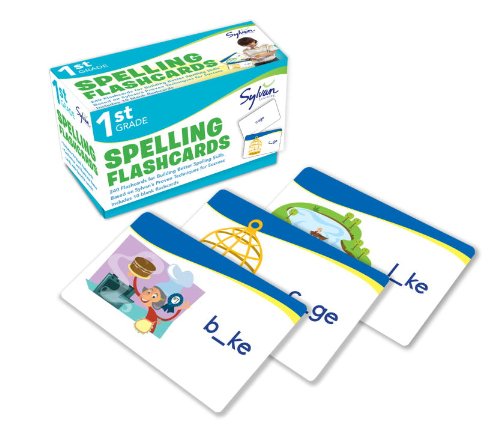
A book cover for First Grade Spelling Flashcards (Flashcards Language Arts); Sylvan Learning; Reference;